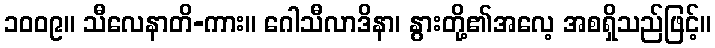
၁၀၀၉။ သီလေနာတိ-ကား။ ဂေါသီလာဒိနာ၊ နွားတို့၏အလေ့ အစရှိသည်ဖြင့်။